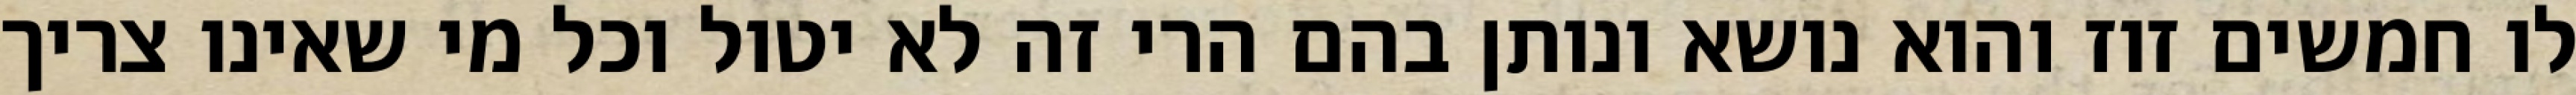
לו חמשים זוז והוא נושא ונותן בהם הרי זה לא יטול וכל מי שאינו צריך